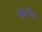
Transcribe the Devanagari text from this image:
गुरूर्नैव